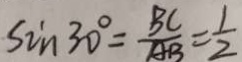
\sin 3 0 ^ { \circ } = \frac { B C } { A B } = \frac { 1 } { 2 }